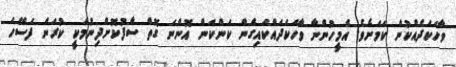
ވާހަކަދެއްކުން ކަމަށެވެ. އެމީހުންނާ ވާހަކަދައްކައިގެން ކަންކަން އޮންނަ ގޮތް ސާފުކޮށްދިނުމަކީ ކުރަން ފަސޭހަ